Leaving Certificate, 1898
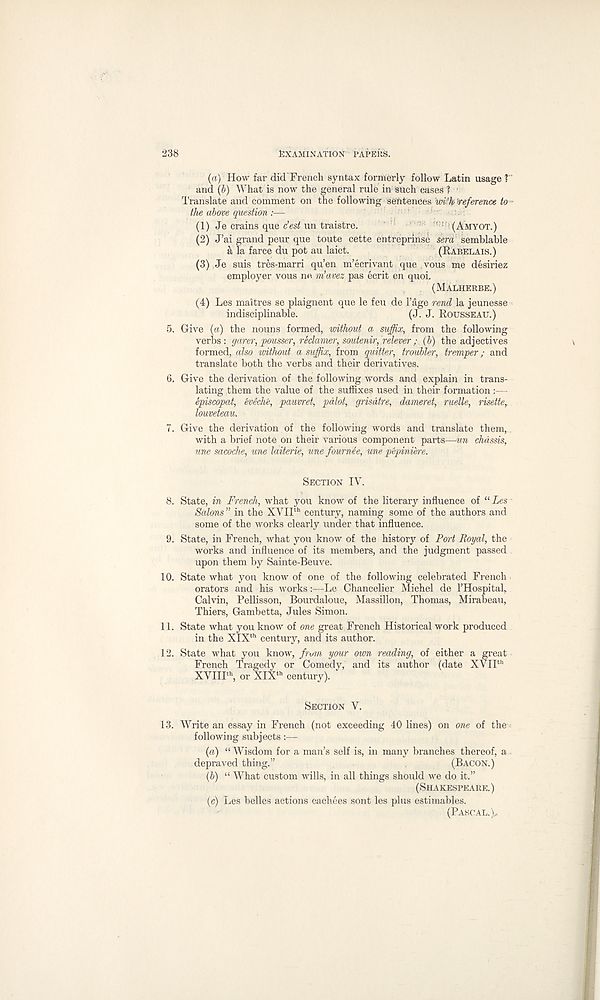
238
EXAMINATION PAPEIIS.
(a)
H
and (b) What is now the general rule in such cases ? ’
Translate and comment on the following sefitences wi'k 'reference to
the above question :—
(1) Je crains que r’est un traistre.
’ ' ! (AMYOT.)
(2) J’ai grand peur que toute cette ehtreprinse sera semblable
a la farce du pot au laict.
(RABELAIS.)
(3) Je suis tres-marri qu’en m’ecrivant que vous me desiriez
employer vous ne m’avez pas ecrit en quoi.
. (MALHERBE.)
(4) Les maitres se plaignent que le feu de 1’age rend la jeunesse
indisciplinable.
(J. J. ROUSSEAU.)
5. Give {a) the nouns formed, without a suffix, from the following
verbs : garer, pousser, reclamer, soutenir, relever ; (b) the adjectives
formed, also without a suffix, from quitter, troubler, tremper; and
translate both the verbs and their derivatives.
6. Give the derivation of the following words and explain in trans-
lating them the value of the suffixes used in their formation :—
episcopal, eveche, pauvret, pdlot, grisatre, dameret, ruelle, risette,.
louveteau.
7. Give the derivation of the following words and translate them, ,
with a brief note on their various component parts—un chassis,
une sacoche, une laiterie, une fournee, une pepiniere.
SECTION IY.
8. State, in French, what you know of the literary influence of “Les
Salons ” in the XVII th century, naming some of the authors and
some of the works clearly under that influence.
9. State, in French, what you know of the history of Port Royal, the
works and influence of its members, and the judgment passed.
upon them by Sainte-Beuve.
10. State what you know of one of the following celebrated French
orators and his works:—Le Chancelier Michel de ITIospital,
Calvin, Pellisson, Bourdaloue, Massillon, Thomas, Mirabeau,
Thiers, Gambetta, Jules Simon.
11. State what you know of one great French Historical work produced
in the XIX th century, and its author.
12. State what you know, from your own reading, of either a great
French Tragedy or Comedy, and its author (date XYIP"
XVIII th , or XIX th century).
SECTION V.
13. Write an essay in French (not exceeding 40 lines) on one of the
following subjects:—
(a) “ Wisdom for a man’s self is, in many branches thereof, a
depraved thing.”
(BACON.)
(b) “ What custom wills, in all things should we do it.”
(SHAKESPEARE.)
(c) Les belles actions cachees sont les plus estimables.
(PASCAL.),